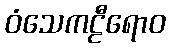
ဝံသေကဠီရောဝ